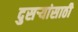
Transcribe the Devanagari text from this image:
दुसऱ्यांसाठी